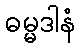
ဓမ္မဒါနံ